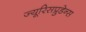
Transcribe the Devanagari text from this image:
ज्यूरिसप्रुडेन्स